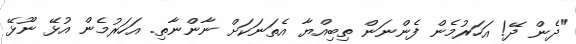
"ދެން ދޭ! އަހަރުމެން ފެންނަން ތިބިއްޔާ އެތަނަކަށް ނާންނާތި. އަހަރުމެން އުޅޭ ނޫޅޭ